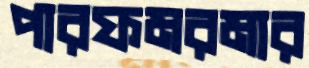
পারফমরমার